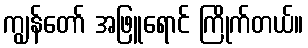
ကျွန်တော် အဖြူရောင် ကြိုက်တယ်။